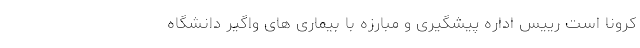
کرونا است رییس اداره پیشگیری و مبارزه با بیماری های واگیر دانشگاه